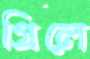
গ্রিলে